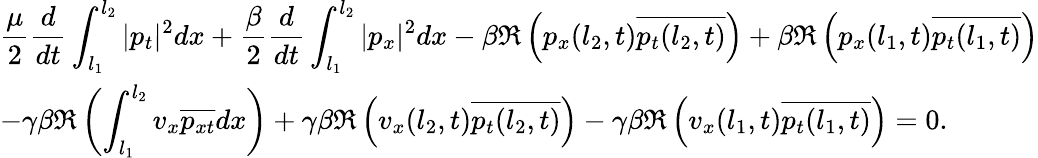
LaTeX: \begin{array}{l}{\displaystyle\frac{\mu}{2}\frac{d}{dt}\int_{l_{1}}^{l_{2}}|p_{t}|^{2}dx+\frac{\beta}{2}\frac{d}{dt}\int_{l_{1}}^{l_{2}}|p_{x}|^{2}dx-\beta\Re\left(p_{x}(l_{2},t)\overline{{p_{t}(l_{2},t)}}\right)+\beta\Re\left(p_{x}(l_{1},t)\overline{{p_{t}(l_{1},t)}}\right)}\\ {\displaystyle-\gamma\beta\Re\left(\int_{l_{1}}^{l_{2}}v_{x}\overline{{p_{xt}}}dx\right)+\gamma\beta\Re\left(v_{x}(l_{2},t)\overline{{p_{t}(l_{2},t)}}\right)-\gamma\beta\Re\left(v_{x}(l_{1},t)\overline{{p_{t}(l_{1},t)}}\right)=0.}\end{array}